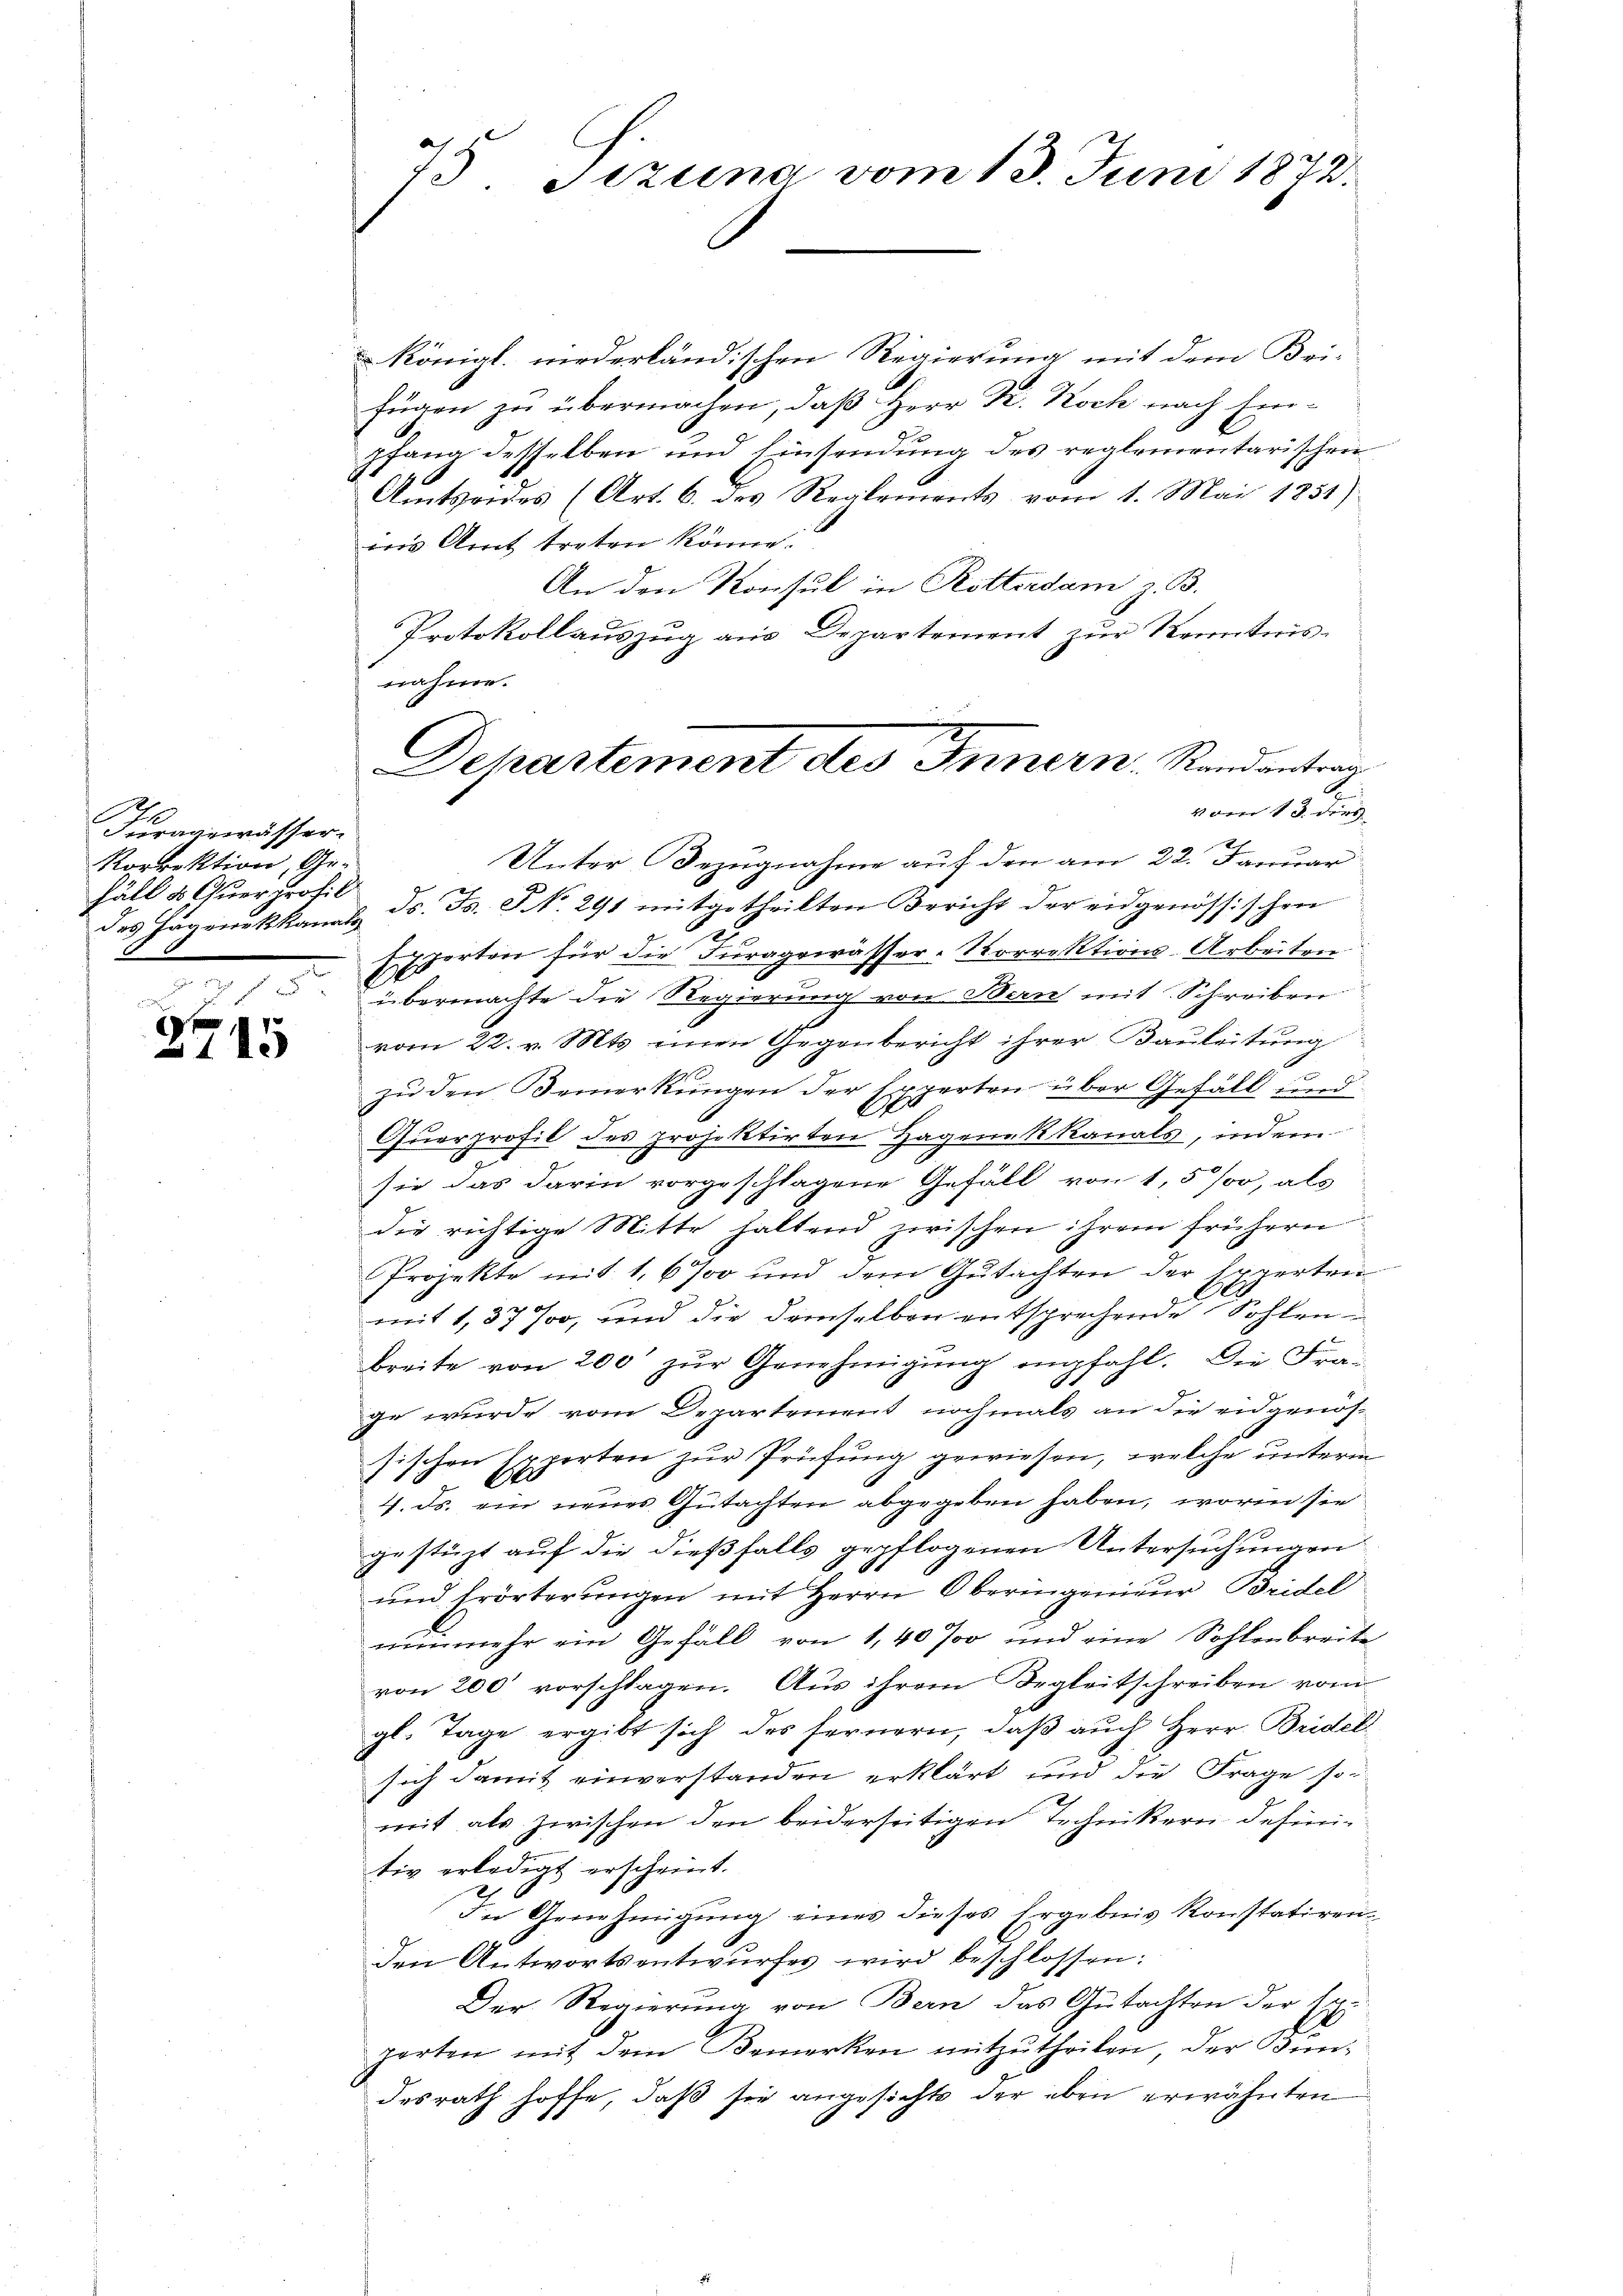
e
Furagewässer.
Korrektion, Ge-
häll & Querprofil

2715

königl. niederländischen Regierung mit dem Bei-
fügen zu übermachen, daß Herr Dr. Koch nach Ein-
pfang desselben und Einsendung des reglementarischen
Amtsordes (Art. 6. des Reglements vom 1. Mai 1851)
ins Amt treten könne.
An den Konsul in Rotterdam z. B.
Protokollauszug aus Departement zur Kenntnis-
nahme.

75. Jezuna vom 13. Juni 1872.

Departement des Innern, Randantrag
vom 13. dies

Unter Bezugnahme auf den am 22. Januar
des Jägerükkanals ds. Fs. J No 291 mitgetheilten Bericht der eidgenössischen
Experten für die Furagewässer-Korrektions-Arbeiten
übermachte die Regierung von Bern mit Schreiben
vom 22. v. Mts. einen Gegenbericht ihrer Baŭleitung
zu den Bemerkungen der Experten über Gefäll und
Querprofil des projektirten Hagenakkanals, indem
sie das darin vorgeschlagene Gefäll von 1,5 %, als
die richtige Mitte haltend zwischen ihrem frühern
Projekte mit 1,67 und dem Gutachten der Experten
Joo, und die demselben entsprechende Sohlenmit 1,37
breite von 200 zur Genehmigung empfahl. Die Fra-
ge wurde vom Departement nochmals an die eidgenös-
sischen Experten zur Prüfung gewiesen, welche unterm

4. ds. ein neues Gutachten abgegeben haben, worin sie
gestüzt auf die dießfalls gepflogenen Untersuchungen
und Erörterungen mit Herrn Oberingenieur Bridel
nunmehr ein Gefäll von 1,40 Jo und eine Sohlenbreite
von 200 vorschlagen. Aus ihrem Begleitschreiben vom
gl. Tage ergibt sich des fernern, daß auch Herr Bridel
sich damit einverstanden erklärt und die Frage somit als zwischen den beiderseitigen Technikern defini-
tiv erledigt erscheint.
In Genehmigung eines dieses Ergebnis konstatirenden Antwortsentwurfes wird beschlossen:
Der Regierung von Bern das Gutachten der
porten mit dem Bemerken mitzutheilen, der Bun-
desrath hoffe, daß sie angesichts der eben erwähnten